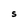
Character: S